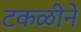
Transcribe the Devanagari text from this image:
टकळीने